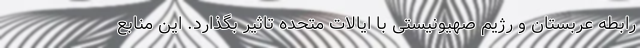
رابطه عربستان و رژیم صهیونیستی با ایالات متحده تاثیر بگذارد. این منابع